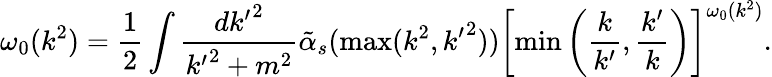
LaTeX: \omega_{0}(k^{2})=\frac{1}{2}\int\frac{d{k^{\prime}}^{2}}{{k^{\prime}}^{2}+m^{2}}\tilde{\alpha}_{s}(\operatorname*{max}(k^{2},{k^{\prime}}^{2}))\left[\operatorname*{min}\left(\frac{k}{k^{\prime}},\frac{k^{\prime}}{k}\right)\right]^{\omega_{0}(k^{2})}.